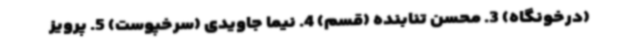
(درخونگاه) 3. محسن تنابنده (قسم) 4. نیما جاویدی (سرخپوست) 5. پرویز